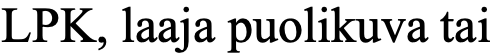
LPK, laaja puolikuva tai